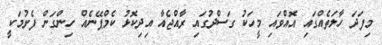
މިފަދަ ހާލަތެއްގައި އޮއްވައި މީހަކު ގަސްދުގައި ރާއްޖެއާ އިދިކޮޅު ކެމްޕޭނެއް ހިންގަން ފެށުމަކީ